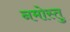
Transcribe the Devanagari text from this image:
नमोस्तु